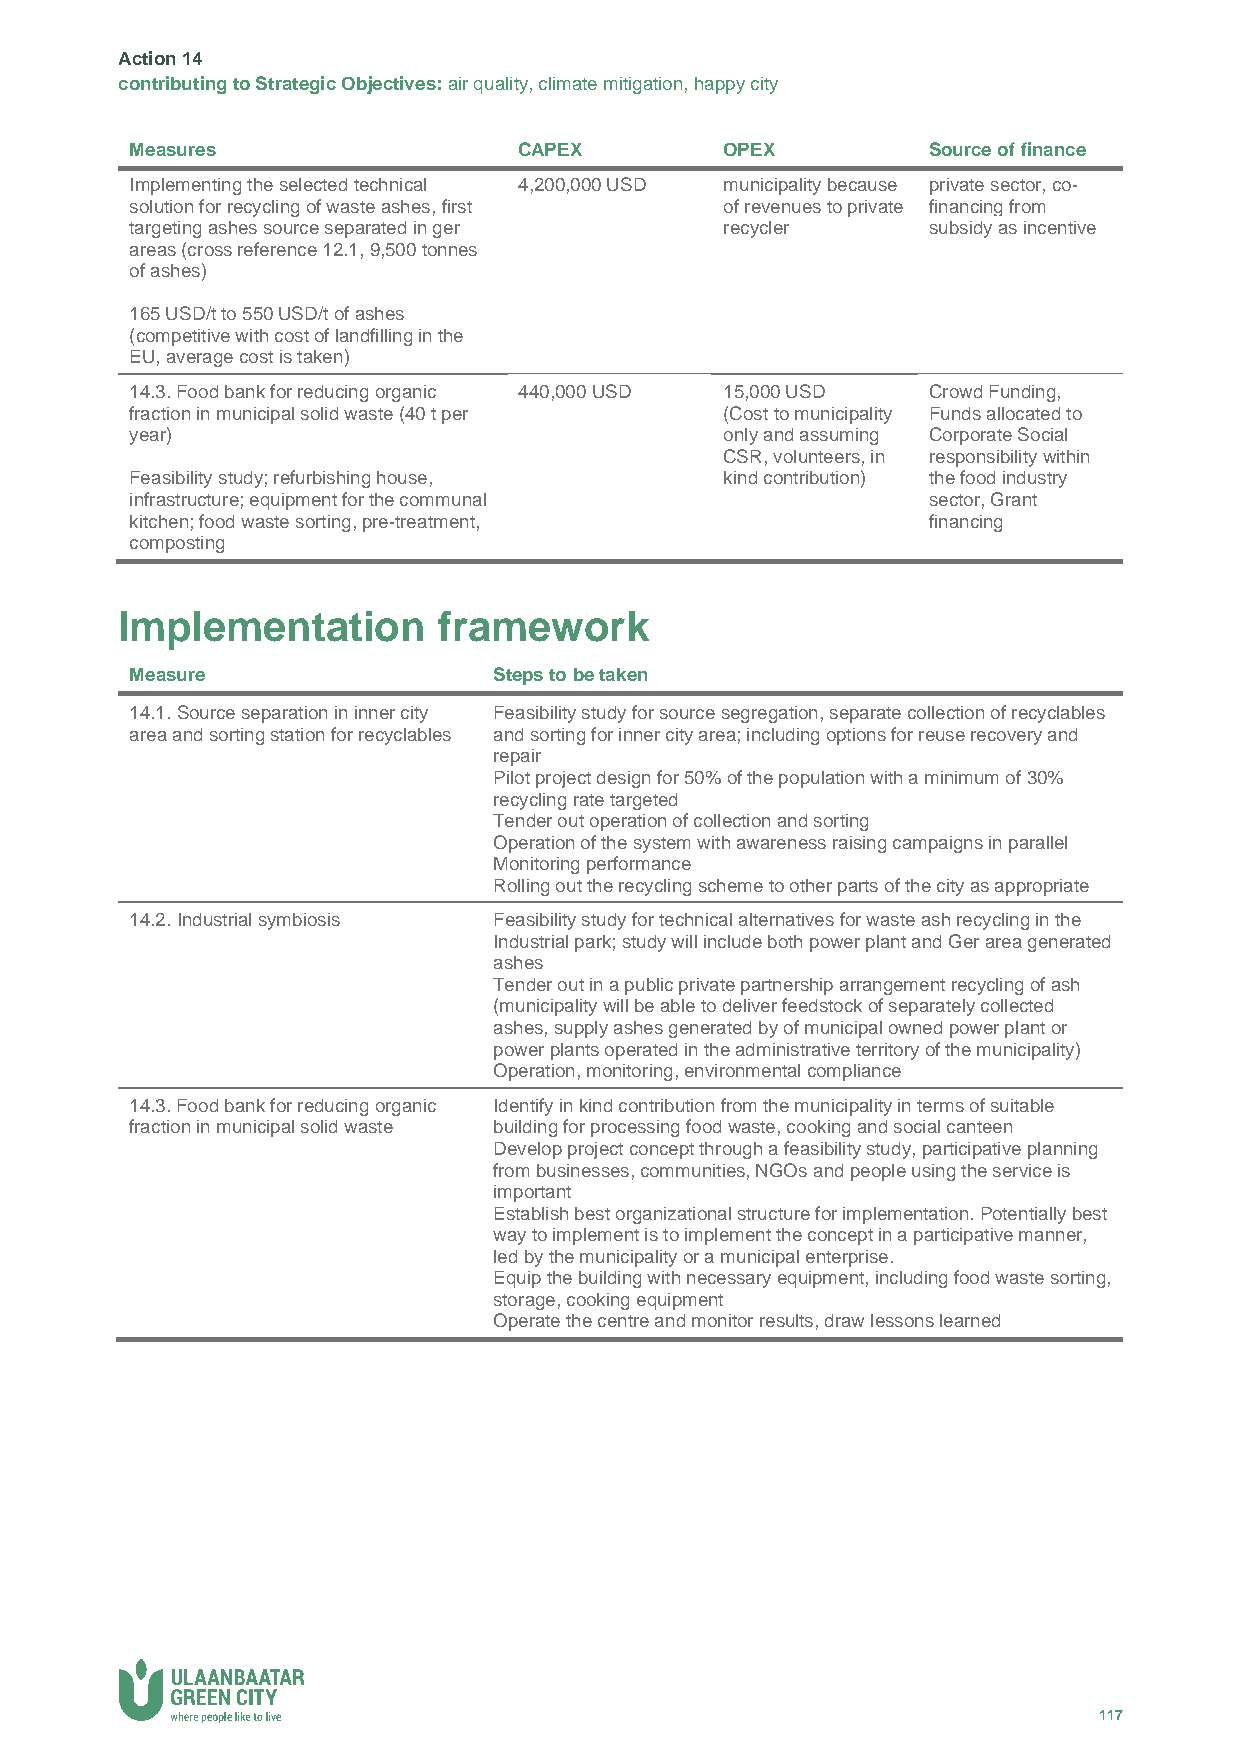
Action 14
 contributing to Strategic Objectives: air quality, climate mitigation, happy city
 Measures                 CAPEX         OPEX         Source of finance
 Implementing the selected technical 4,200,000 USD municipality because private sector, co-
 solution for recycling of waste ashes, first of revenues to private financing from
 targeting ashes source separated in ger recycler    subsidy as incentive
 areas (cross reference 12.1, 9,500 tonnes
 of ashes)
 165 USD/t to 550 USD/t of ashes
 (competitive with cost of landfilling in the
 EU, average cost is taken)
 14.3. Food bank for reducing organic 440,000 USD 15,000 USD Crowd Funding,
 fraction in municipal solid waste (40 t per (Cost to municipality Funds allocated to
 year)                                  only and assuming Corporate Social
 CSR, volunteers, in responsibility within
 Feasibility study; refurbishing house, kind contribution) the food industry
 infrastructure; equipment for the communal          sector, Grant
 kitchen; food waste sorting, pre-treatment,         financing
 composting
 Implementation       framework
 Measure                 Steps to be taken
 14.1. Source separation in inner city Feasibility study for source segregation, separate collection of recyclables
 area and sorting station for recyclables and sorting for inner city area; including options for reuse recovery and
 repair
 Pilot project design for 50% of the population with a minimum of 30%
 recycling rate targeted
 Tender out operation of collection and sorting
 Operation of the system with awareness raising campaigns in parallel
 Monitoring performance
 Rolling out the recycling scheme to other parts of the city as appropriate
 14.2. Industrial symbiosis Feasibility study for technical alternatives for waste ash recycling in the
 Industrial park; study will include both power plant and Ger area generated
 ashes
 Tender out in a public private partnership arrangement recycling of ash
 (municipality will be able to deliver feedstock of separately collected
 ashes, supply ashes generated by of municipal owned power plant or
 power plants operated in the administrative territory of the municipality)
 Operation, monitoring, environmental compliance
 14.3. Food bank for reducing organic Identify in kind contribution from the municipality in terms of suitable
 fraction in municipal solid waste building for processing food waste, cooking and social canteen
 Develop project concept through a feasibility study, participative planning
 from businesses, communities, NGOs and people using the service is
 important
 Establish best organizational structure for implementation. Potentially best
 way to implement is to implement the concept in a participative manner,
 led by the municipality or a municipal enterprise.
 Equip the building with necessary equipment, including food waste sorting,
 storage, cooking equipment
 Operate the centre and monitor results, draw lessons learned
 117